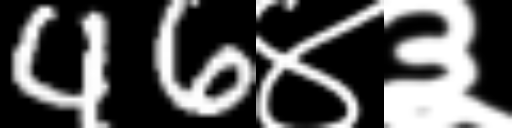
Text: 46४३